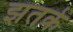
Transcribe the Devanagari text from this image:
झतके